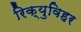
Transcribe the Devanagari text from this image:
रिक्युविहर